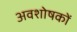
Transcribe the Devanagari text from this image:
अवशोषकों